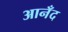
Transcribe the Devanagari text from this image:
आनँद